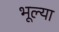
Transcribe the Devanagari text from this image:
भूल्या